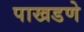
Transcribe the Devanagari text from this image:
पाखडणे